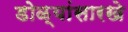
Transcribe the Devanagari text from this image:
डोळ्यांसारखे